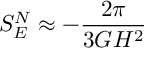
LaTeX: S _ { E } ^ { N } \approx - { \frac { 2 \pi } { 3 G H ^ { 2 } } }